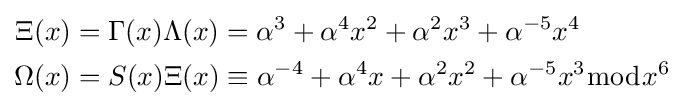
{\begin{aligned}\Xi (x)&=\Gamma (x)\Lambda (x)=\alpha ^{3}+\alpha ^{4}x^{2}+\alpha ^{2}x^{3}+\alpha ^{-5}x^{4}\\\Omega (x)&=S(x)\Xi (x)\equiv \alpha ^{-4}+\alpha ^{4}x+\alpha ^{2}x^{2}+\alpha ^{-5}x^{3}{\bmod {x^{6}}}\end{aligned}}